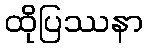
ထိုပြဿနာ